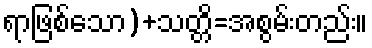
ရာဖြစ်သော)+သတ္တိ=အစွမ်းတည်း။